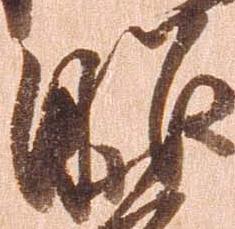
昭